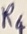
Text: R4